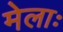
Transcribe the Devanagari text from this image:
मेलाः